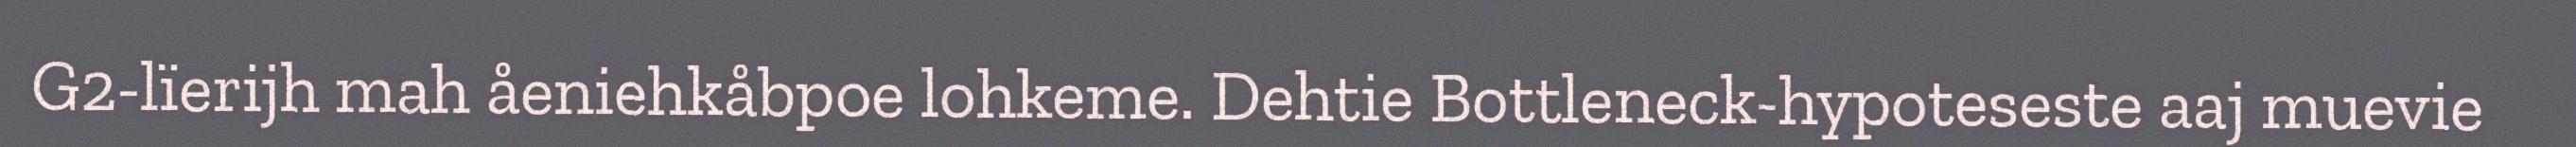
G2-lïerijh mah åeniehkåbpoe lohkeme. Dehtie Bottleneck-hypoteseste aaj muevie